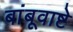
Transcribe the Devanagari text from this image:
बांबूवाष्टे